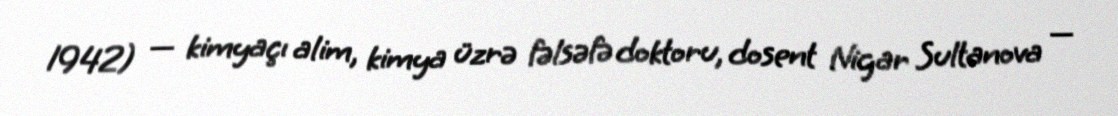
1942) — kimyaçı alim, kimya üzrə fəlsəfə doktoru, dosent Nigar Sultanova —